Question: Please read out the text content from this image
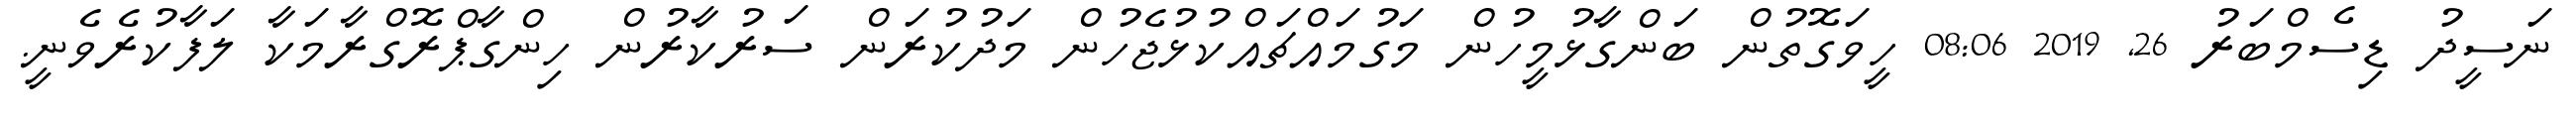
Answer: ނަސީދު ޑިސެމްބަރު 26, 2019 08:06 ހީވަގޮތުން ބަންގާޅުމީހުން މަގުމައްޗައްކުޅުޖެހުން މަދުކުރަން ސަރުކާރުން ހިންގާޕްރޮގްރާމަކާ ލަފާކުރެވެނީ.